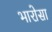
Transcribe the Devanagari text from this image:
भारोसा